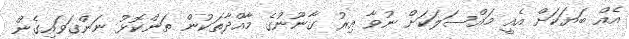
އެއް ބަޔަކަށް އެއީ މައްސަލަކަށް ނުވާ އިރު ގާނޫނުގެ މާއްދާތަކުން ތަންކޮޅު ނަންގަވައިގެން